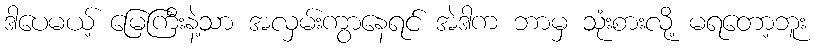
ဒါပေမယ့် မြေကြီးနဲ့သာ အလှမ်းကွာနေရင် အဲဒါက ဘာမှ သုံးစားလို့ မရတော့ဘူး